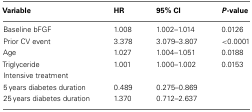
<table><thead><tr><td><b>Variable</b></td><td><b>HR</b></td><td><b>95% CI</b></td><td><b><i>P</i>-value</b></td></tr></thead><tbody><tr><td>Baseline bFGF</td><td>1.008</td><td>1.002–1.014</td><td>0.0126</td></tr><tr><td>Prior CV event</td><td>3.378</td><td>3.079–3.807</td><td>&lt;0.0001</td></tr><tr><td>Age</td><td>1.027</td><td>1.004–1.051</td><td>0.0188</td></tr><tr><td>Triglyceride</td><td>1.001</td><td>1.000–1.002</td><td>0.0153</td></tr><tr><td>Intensive treatment</td></tr><tr><td>5 years diabetes duration</td><td>0.489</td><td>0.275–0.869</td><td></td></tr><tr><td>25 years diabetes duration</td><td>1.370</td><td>0.712–2.637</td><td></td></tr></tbody></table>